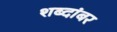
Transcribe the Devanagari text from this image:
शब्दांबर